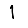
Digit: 1